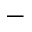
^ -